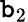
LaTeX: \mathtt{b}_{2}